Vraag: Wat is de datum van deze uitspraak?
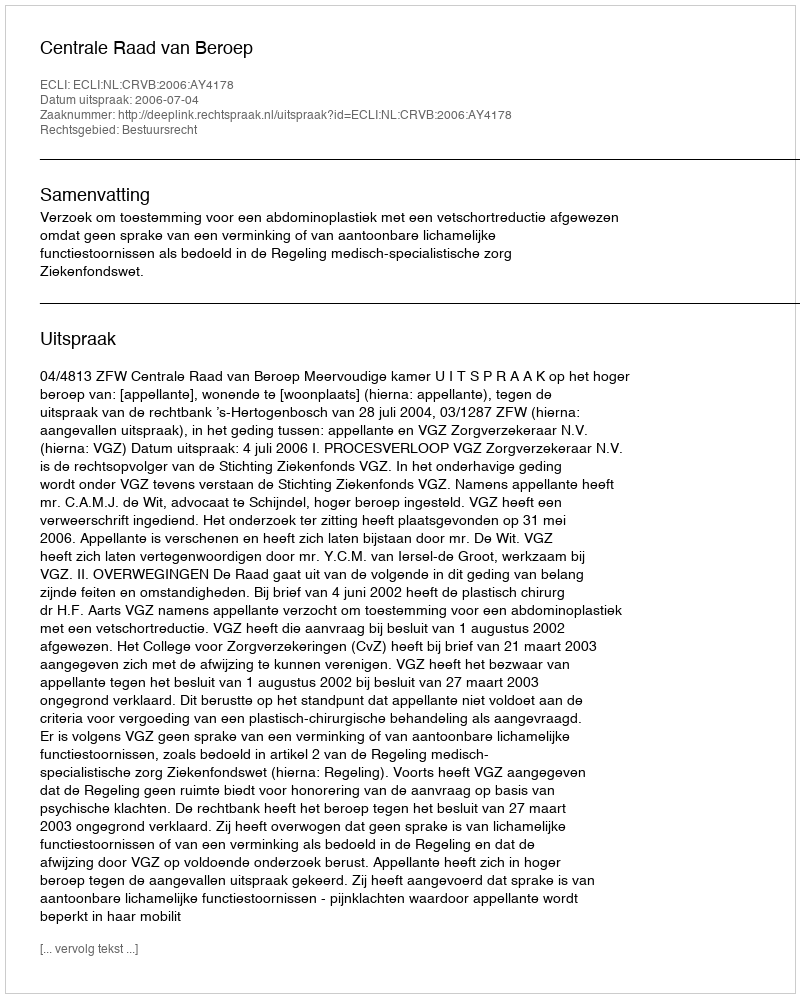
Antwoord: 2006-07-04